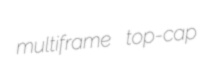
multiframe top-cap